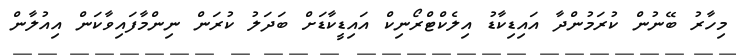
މިހާރު ބޭނުން ކުރަމުންދާ އައިޑިކާޑު އިލެކްޓްރޯނިކް އައިޑީކާޑަށް ބަދަލު ކުރަން ނިންމާފައިވާކަން އިއުލާން